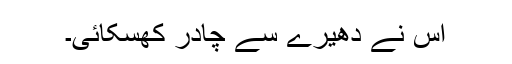
اس نے دھیرے سے چادر کھسکائی۔